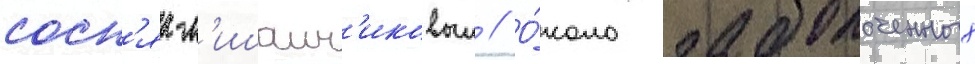
сосн'як-л'ишаин'иковыи // О́коло заболоченных